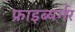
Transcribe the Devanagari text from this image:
फ्राइब्यर्गर